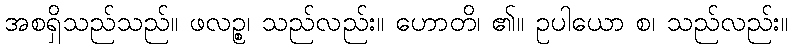
အစရှိသည်သည်။ ဖလဉ္စ၊ သည်လည်း။ ဟောတိ၊ ၏။ ဥပါယော စ၊ သည်လည်း။